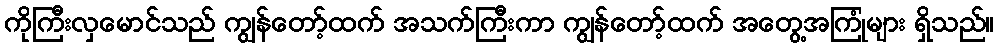
ကိုကြီးလှမောင်သည် ကျွန်တော့်ထက် အသက်ကြီးကာ ကျွန်တော့်ထက် အတွေ့အကြုံများ ရှိသည်။